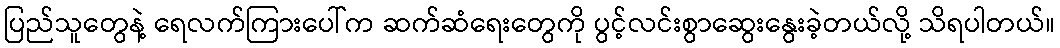
ပြည်သူတွေနဲ့ ရေလက်ကြားပေါ်က ဆက်ဆံရေးတွေကို ပွင့်လင်းစွာဆွေးနွေးခဲ့တယ်လို့ သိရပါတယ်။